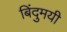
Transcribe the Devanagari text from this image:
बिंदुमयी